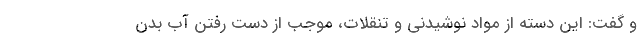
و گفت: این دسته از مواد نوشیدنی و تنقلات، موجب از دست رفتن آب بدن